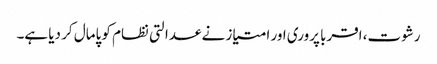
رشوت، اقربا پروری اور امتیاز نے عدالتی نظام کو پامال کر دیا ہے۔